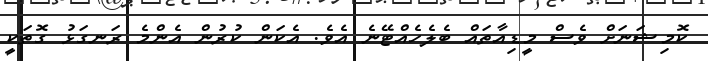
ކޮމިޝަނަށް ވެސް މީޑިއާތައް ބެލެހެއްޓޭނެ އެވެ. އެކަން ކުރުން އެންމެ ރަނގަޅު ގޮތަކީ